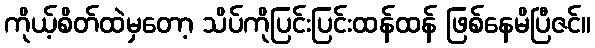
ကိုယ့်စိတ်ထဲမှတော့ သိပ်ကိုပြင်းပြင်းထန်ထန် ဖြစ်နေမိပြီဇင်။